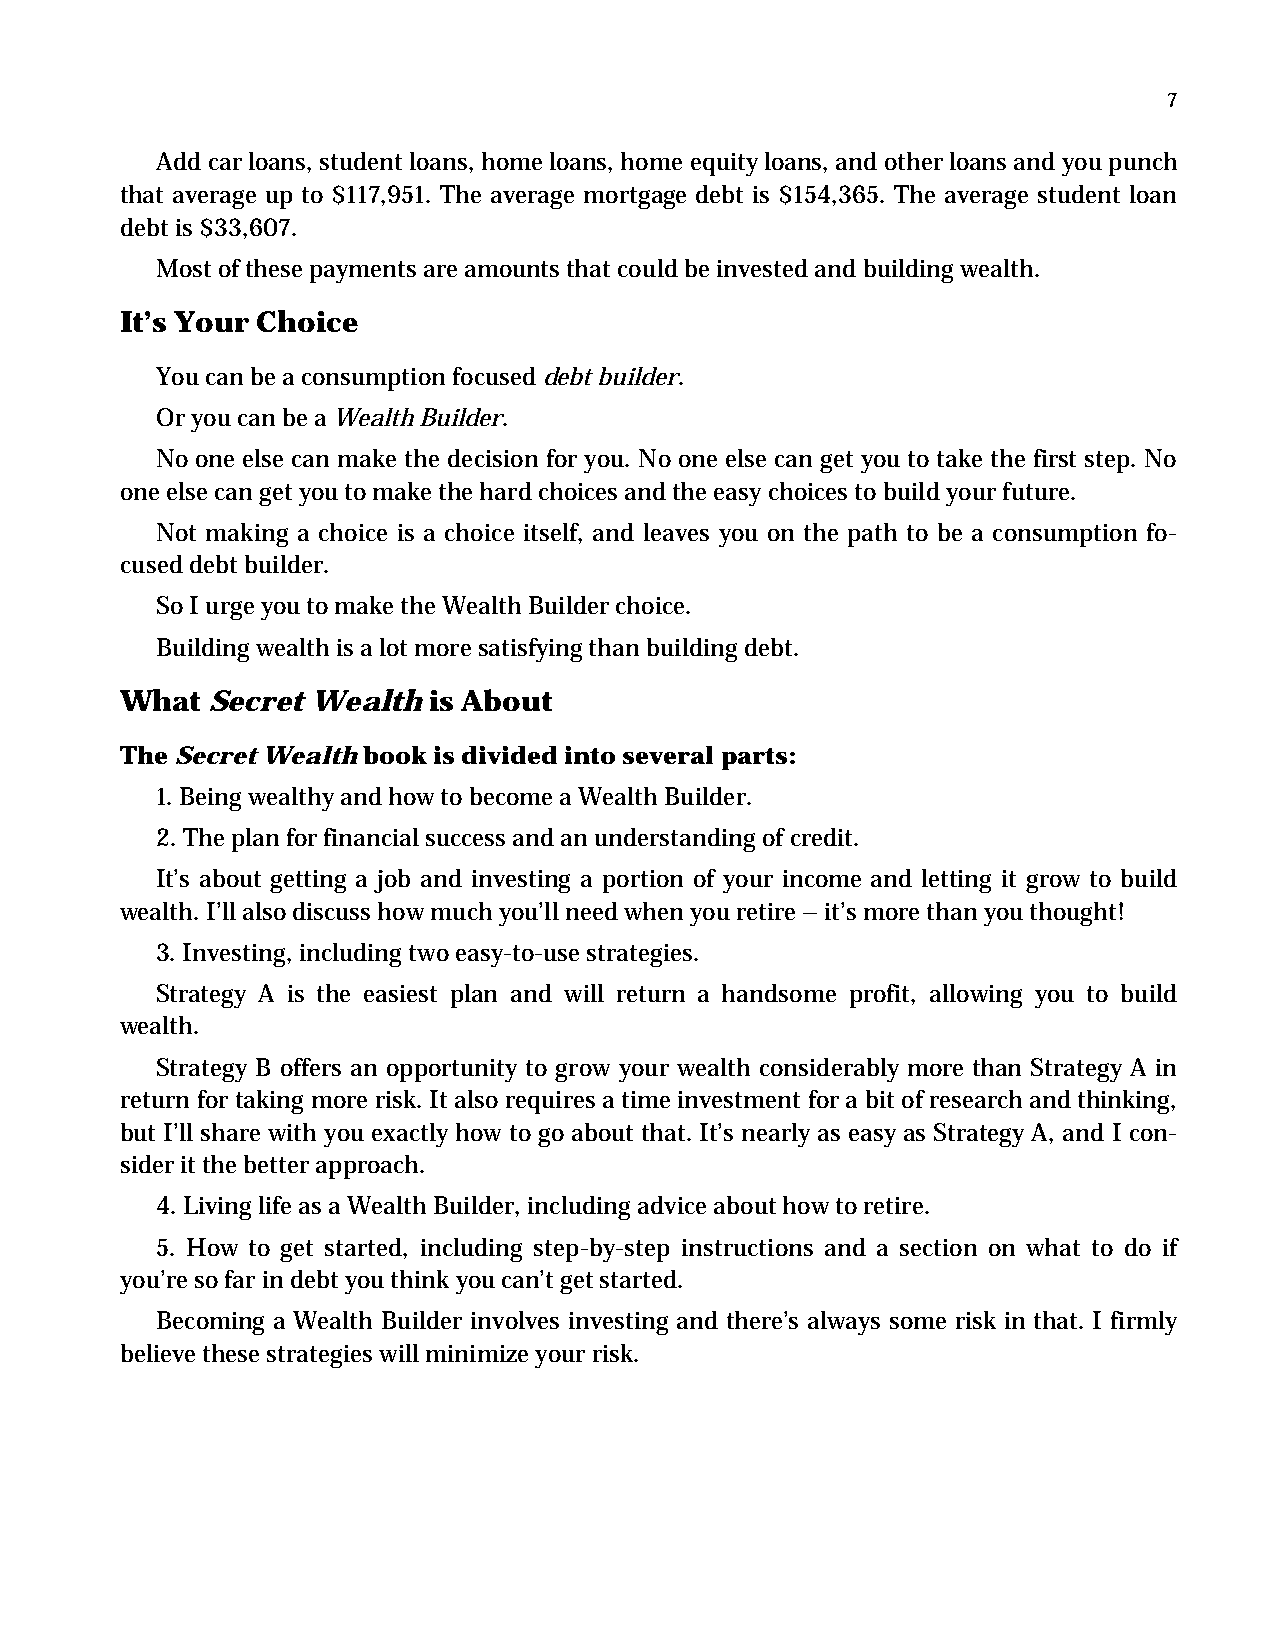
7
 Add car loans, student loans, home loans, home equity loans, and other loans and you punch
 that average up to $117,951. The average mortgage debt is $154,365. The average student loan
 debt is $33,607.
 Most of these payments are amounts that could be invested and building wealth.
 It’s Your Choice
 You can be a consumption focused debt builder.
 Or you can be a Wealth Builder.
 No one else can make the decision for you. No one else can get you to take the first step. No
 one else can get you to make the hard choices and the easy choices to build your future.
 Not making a choice is a choice itself, and leaves you on the path to be a consumption fo-
 cused debt builder.
 So I urge you to make the Wealth Builder choice.
 Building wealth is a lot more satisfying than building debt.
 What  Secret Wealth is About
 The Secret Wealth book is divided into several parts:
 1. Being wealthy and how to become a Wealth Builder.
 2. The plan for financial success and an understanding of credit.
 It’s about getting a job and investing a portion of your income and letting it grow to build
 wealth. I’ll also discuss how much you’ll need when you retire – it’s more than you thought!
 3. Investing, including two easy-to-use strategies.
 Strategy A is the easiest plan and will return a handsome profit, allowing you to build
 wealth.
 Strategy B offers an opportunity to grow your wealth considerably more than Strategy A in
 return for taking more risk. It also requires a time investment for a bit of research and thinking,
 but I’ll share with you exactly how to go about that. It’s nearly as easy as Strategy A, and I con-
 sider it the better approach.
 4. Living life as a Wealth Builder, including advice about how to retire.
 5. How to get started, including step-by-step instructions and a section on what to do if
 you’re so far in debt you think you can’t get started.
 Becoming a Wealth Builder involves investing and there’s always some risk in that. I firmly
 believe these strategies will minimize your risk.